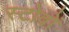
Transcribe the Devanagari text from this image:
स्टोवों